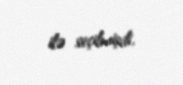
ilə seçilmişdi.